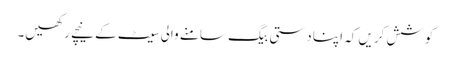
کوشش کریں کہ اپنا دستی بیگ سامنے والی سیٹ کے نیچے رکھیں۔